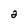
Character: 2